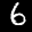
Label: 6